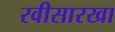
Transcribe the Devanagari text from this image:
रवीसारखा